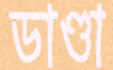
ডাণ্ডা